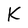
Character: K